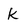
Character: k